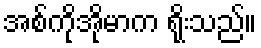
အစ်ကိုအိုမာက ရိုးသည်။